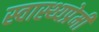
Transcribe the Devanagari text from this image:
स्वास्थ्यप्रेमी